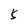
Character: 5